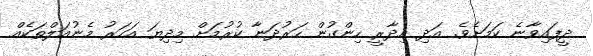
ދީފައިވާނެ ކަމަށެވެ. އަދި އިދާރީ ހިންގުން ހަރުދަނާ ކުރުމަށް މިދިޔަ އަހަރު މެނުއަލްތަކެއް